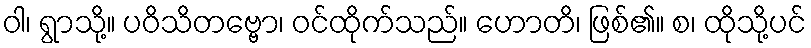
ဝါ၊ ရွာသို့။ ပဝိသိတဗ္ဗော၊ ဝင်ထိုက်သည်။ ဟောတိ၊ ဖြစ်၏။ စ၊ ထိုသို့ပင်